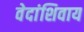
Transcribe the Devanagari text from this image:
वेदांशिवाय